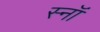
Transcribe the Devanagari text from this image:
स्नॉ